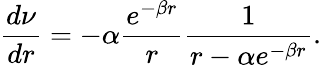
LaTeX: \frac{d\nu}{dr}=-\alpha\frac{e^{-\beta r}}{r}\frac{1}{r-\alpha e^{-\beta r}}.